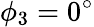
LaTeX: \phi_{3}=0^{\circ}